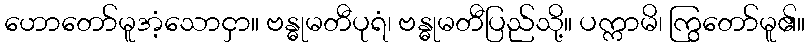
ဟောတော်မူအံ့သောငှာ။ ဗန္ဓုမတီပုရံ၊ ဗန္ဓုမတီပြည်သို့။ ပက္ကာမိ၊ ကြွတော်မူ၏။